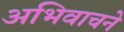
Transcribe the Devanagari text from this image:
अभिवाचने